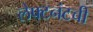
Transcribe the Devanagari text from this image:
लेफ्टनंटची